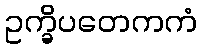
ဥက္ခိပတေကကံ